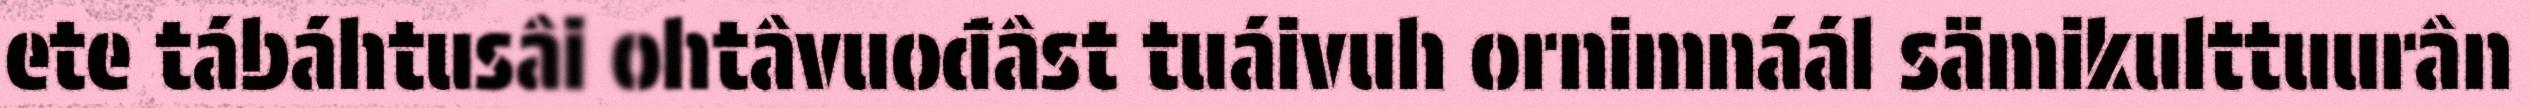
ete tábáhtusâi ohtâvuođâst tuáivuh ornimnáál sämikulttuurân